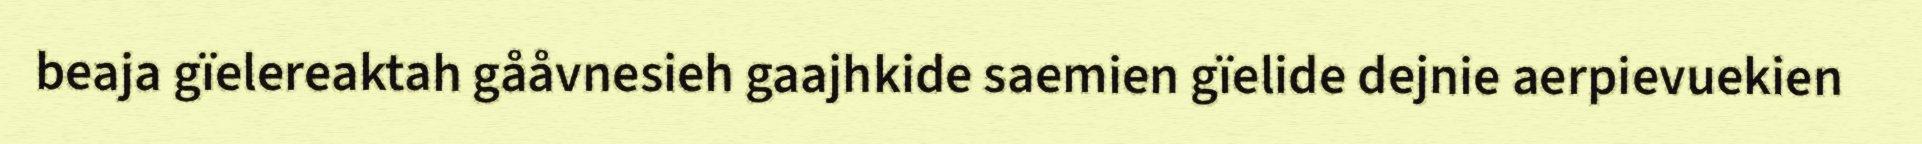
beaja gïelereaktah gååvnesieh gaajhkide saemien gïelide dejnie aerpievuekien